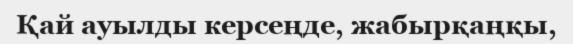
Қай ауылды керсеңде, жабырқаңқы,